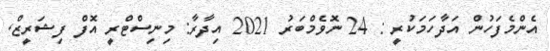
އެންމެފަހުން އަދާހަމަކުރީ : 24 ނޮވެމްބަރު 2021 އިދާރާ: މިނިސްޓްރީ އޮފް ފިޝަރީޒް